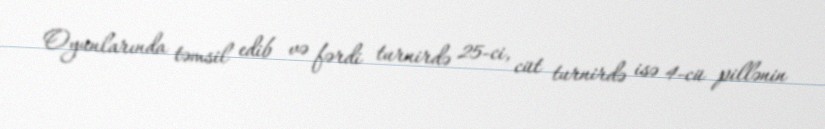
Oyunlarında təmsil edib və fərdi turnirdə 25-ci, cüt turnirdə isə 4-cü pillənin